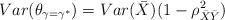
LaTeX: \begin{align*}Var(\theta_{\gamma=\gamma^*})=Var(\bar{X})(1-\rho_{\bar{X}\bar{Y}}^2) \end{align*}